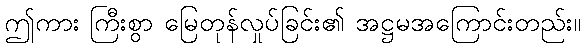
ဤကား ကြီးစွာ မြေတုန်လှုပ်ခြင်း၏ အဋ္ဌမအကြောင်းတည်း။